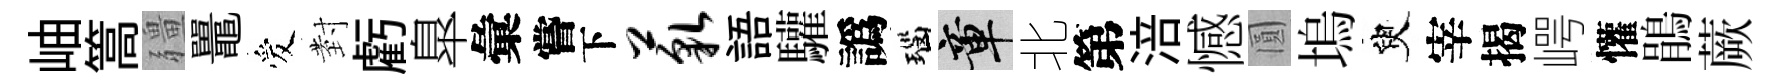
岫篙疆鼉爱𭔹虧臯彙嘗下藐語驩譌瑙章北第涪憾圓塢臾宰揭崿懽鵑蕨